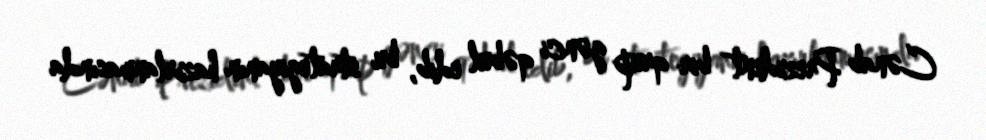
Cənab Prezident bir qrup gənci qəbul edib, bu strategiyanın hazırlanmasında